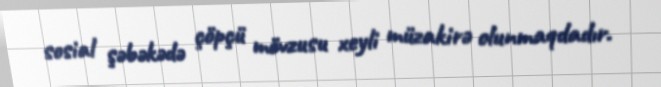
sosial şəbəkədə çöpçü mövzusu xeyli müzakirə olunmaqdadır.